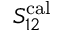
S _ { 1 2 } ^ { \mathrm { c a l } }